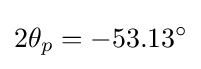
2\theta _{p}=-53.13^{\circ }